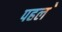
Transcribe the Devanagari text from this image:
पहल॓